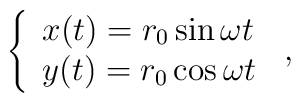
\left\{ \begin{array}{ll}x(t)=r_{0}\sin\omega{t} \\y(t)=r_{0}\cos\omega{t}\end{array}\right.\,{,}